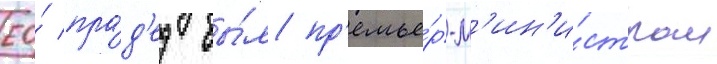
ео́ пра́д'ед бы́л пр'емье́р-м'ин'и́стром